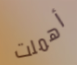
أهملت